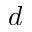
d